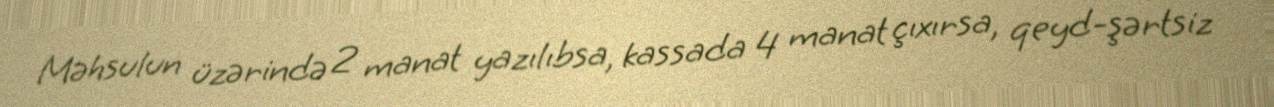
Məhsulun üzərində 2 manat yazılıbsa, kassada 4 manat çıxırsa, qeyd-şərtsiz